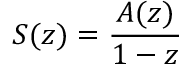
S ( z ) = { \frac { A ( z ) } { 1 - z } }